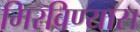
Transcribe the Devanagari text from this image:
मिरविण्यास